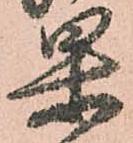
果